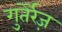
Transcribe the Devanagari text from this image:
गुतेर्रेज़